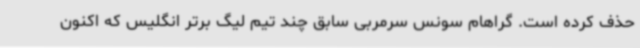
حذف کرده است. گراهام سونس سرمربی سابق چند تیم لیگ برتر انگلیس که اکنون